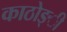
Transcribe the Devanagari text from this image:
काठोङ्ी